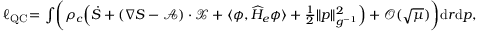
\begin{array} { r } { \ell _ { \operatorname { Q C } } \! = \int \! \bigg ( \rho _ { c } \Big ( \dot { S } + ( \nabla S - \mathcal { A } ) \cdot \mathcal { X } + \langle \phi , \widehat H _ { e } \phi \rangle + \frac { 1 } { 2 } \| p \| _ { g ^ { - 1 } } ^ { 2 } \Big ) + \mathcal { O } ( \sqrt { \mu } ) \bigg ) { \mathrm { d } } r { \mathrm { d } } p , } \end{array}